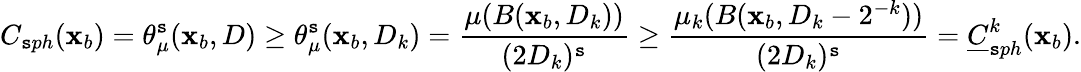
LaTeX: {C}_{\mathtt{s}ph}(\mathbf{x}_{b})=\theta_{\mu}^{\mathtt{s}}(\mathbf{x}_{b},D)\geq\theta_{\mu}^{\mathtt{s}}(\mathbf{x}_{b},D_{k})=\frac{{\mu(B(\mathbf{x}_{b},D_{k}))}}{{(2D_{k})^{\mathtt{s}}}}\geq\frac{{\mu_{k}(B(\mathbf{x}_{b},D_{k}-2^{-k}))}}{{(2D_{k})^{\mathtt{s}}}}=\underline{{{C}}}_{\mathtt{s}ph}^{k}(\mathbf{x}_{b}).